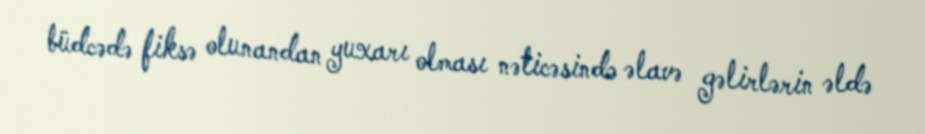
büdcədə fiksə olunandan yuxarı olması nəticəsində əlavə gəlirlərin əldə